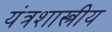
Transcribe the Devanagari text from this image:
यंत्रशास्त्रीय